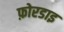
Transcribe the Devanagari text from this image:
फ़ोरडाइ